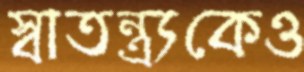
স্বাতন্ত্র্যকেও